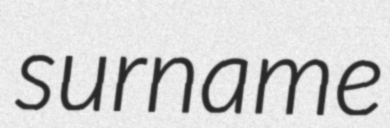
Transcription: surname